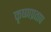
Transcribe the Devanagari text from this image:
कृष्णप्रताप